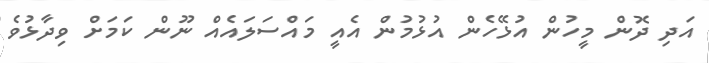
އަދި ދޮން މީހުން އުޅޭހެން އުޅުމުން އެއީ މައްސަލައެއް ނޫން ކަމަށް ވިދާޅުވެ